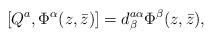
LaTeX: \begin{align*}[Q^a, \Phi^\alpha(z,\bar z) ] = d^{a\alpha}_\beta \Phi^\beta(z,\bar z),\end{align*}